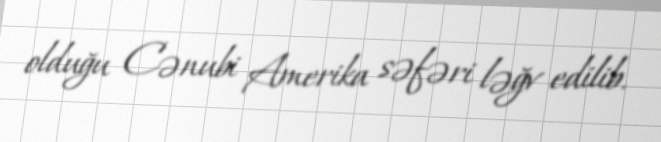
olduğu Cənubi Amerika səfəri ləğv edilib.